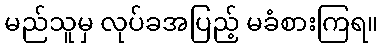
မည်သူမှ လုပ်ခအပြည့် မခံစားကြရ။